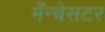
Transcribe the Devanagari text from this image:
मँन्चेसटर